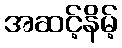
အဆင့်နိမ့်